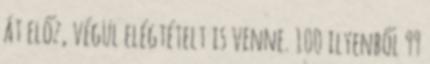
át előz, végül elégtételt is venne. 100 ilyenből 99